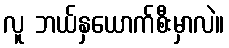
လူ ဘယ်နှယောက်စီးမှာလဲ။